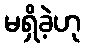
မရှိခဲ့ဟု